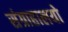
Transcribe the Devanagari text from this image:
संग्राहालयो